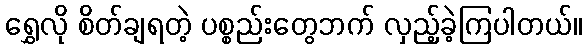
ရွှေလို စိတ်ချရတဲ့ ပစ္စည်းတွေဘက် လှည့်ခဲ့ကြပါတယ်။